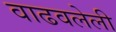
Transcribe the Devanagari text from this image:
वाढवलेली